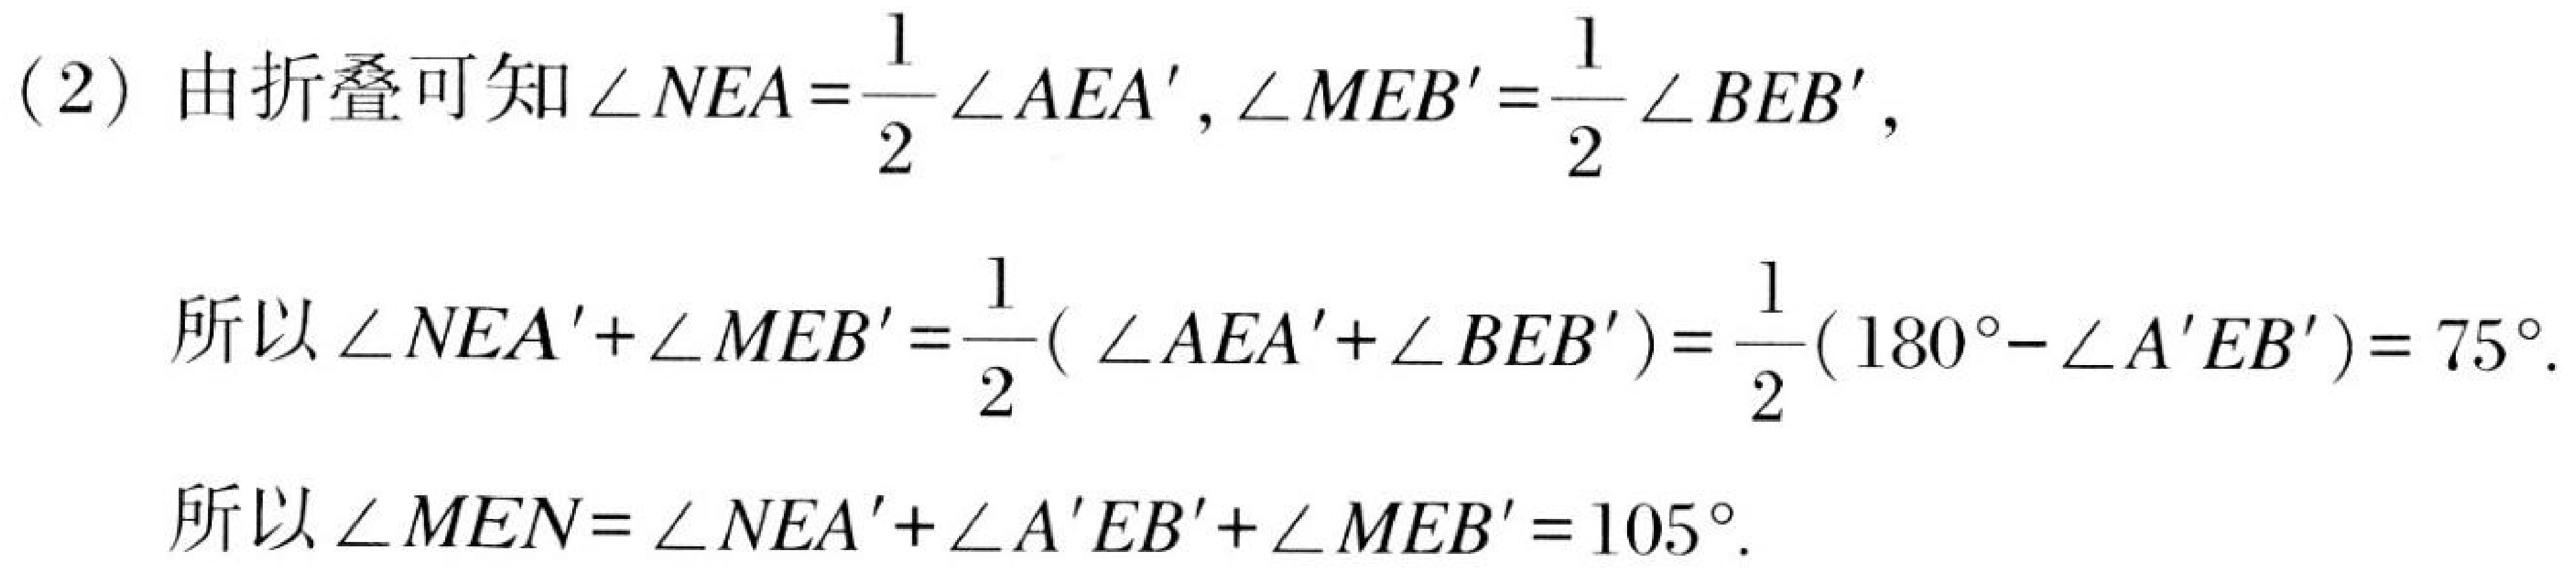
(2) 由折叠可知\(\angle NEA=\frac{1}{2}\angle AEA',\angle MEB'=\frac{1}{2}\angle BEB'\),
所以\(\angle NEA'+\angle MEB'=\frac{1}{2}( \angle AEA'+\angle BEB')=\frac{1}{2}(180^{\circ}-\angle A'EB') = 75^{\circ}\).
所以\(\angle MEN=\angle NEA'+\angle A'EB'+\angle MEB'=105^{\circ}\).